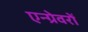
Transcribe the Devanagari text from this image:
एन्ग्रेवरों